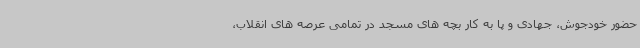
حضور خودجوش، جهادی و پا به کار بچه های مسجد در تمامی عرصه های انقلاب،